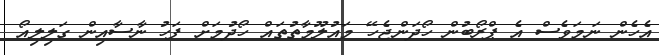
އެހެން ނަމަވެސް އެ ޕްރޯބުން ހޯދަންޖެހޭ މައުލޫމާތުތައް ހޯދުމަށް ފަހު ނާސާއިން ގަލިލިއޯ